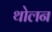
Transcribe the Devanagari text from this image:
थोलन